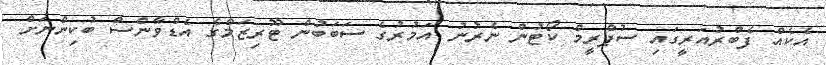
އެކެއް ފެބްރުއަރީގައި ސުޕްރީމް ކޯޓުން ނެރުނު އަމުރުގެ ސަބަބުން ޓޫރިޒަމްގެ އެޑްވާންސް ބުކިންނަށް